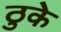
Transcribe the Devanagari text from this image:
ठुके